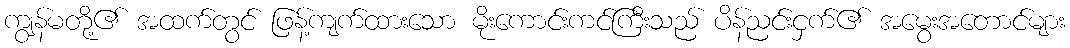
ကျွန်မတို့၏ အထက်တွင် ဖြန့်ကျက်ထားသော မိုးကောင်းကင်ကြီးသည် ပိန်ညင်းငှက်၏ အမွေးအတောင်များ